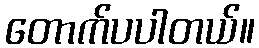
တောက်ပပါတယ်။